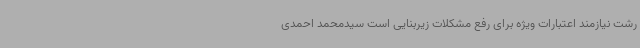
رشت نیازمند اعتبارات ویژه برای رفع مشکلات زیربنایی است سیدمحمد احمدی